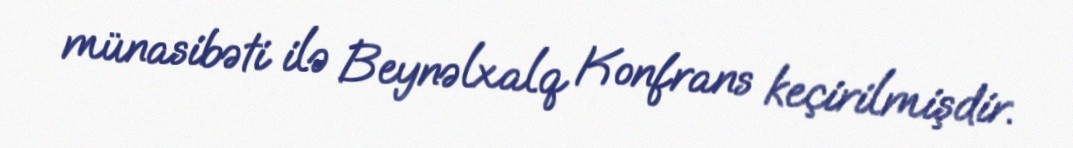
münasibəti ilə Beynəlxalq Konfrans keçirilmişdir.